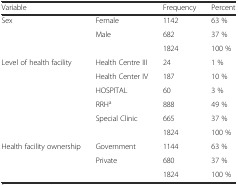
| <COLSPAN=2> Variable | Frequency | Percent |
 | --- | --- | --- | --- |
 | <ROWSPAN=3> Sex | Female | 1142 | 63 % |
 | Male | 682 | 37 % |
 |  | 1824 | 100 % |
 | <ROWSPAN=6> Level of health facility | Health Centre III | 24 | 1 % |
 | Health Center IV | 187 | 10 % |
 | HOSPITAL | 60 | 3 % |
 | RRHa | 888 | 49 % |
 | Special Clinic | 665 | 37 % |
 |  | 1824 | 100 % |
 | <ROWSPAN=3> Health facility ownership | Government | 1144 | 63 % |
 | Private | 680 | 37 % |
 |  | 1824 | 100 % |